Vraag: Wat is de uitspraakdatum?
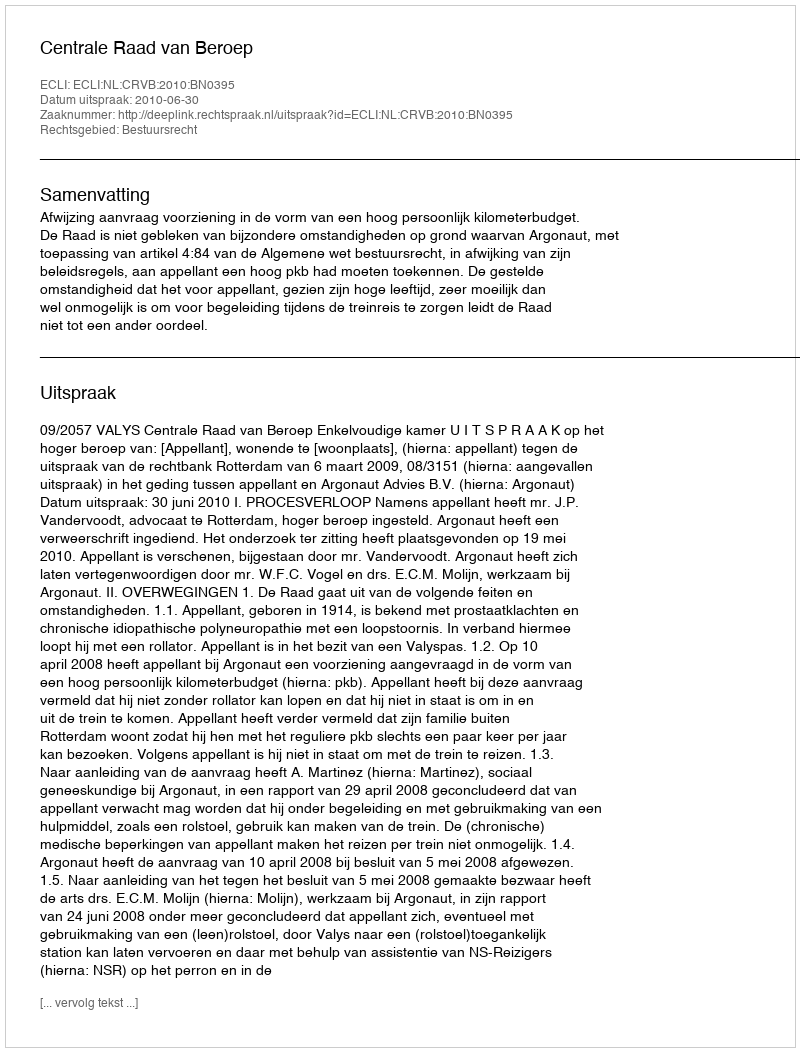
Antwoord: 2010-06-30